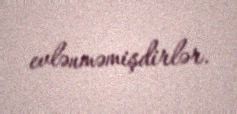
evlənməmişdirlər.